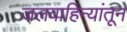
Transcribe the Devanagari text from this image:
जलवाहिन्यांतून